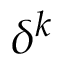
\delta ^ { k }